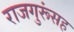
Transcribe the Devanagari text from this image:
राजगुरूंसह